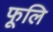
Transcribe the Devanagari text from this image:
फूलि